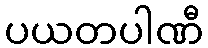
ပယတပါဏီ